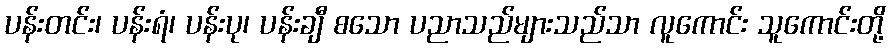
ပန်းတင်း၊ ပန်းရံ၊ ပန်းပု၊ ပန်းချီ စသော ပညာသည်များသည်သာ လူကောင်း သူကောင်းတို့